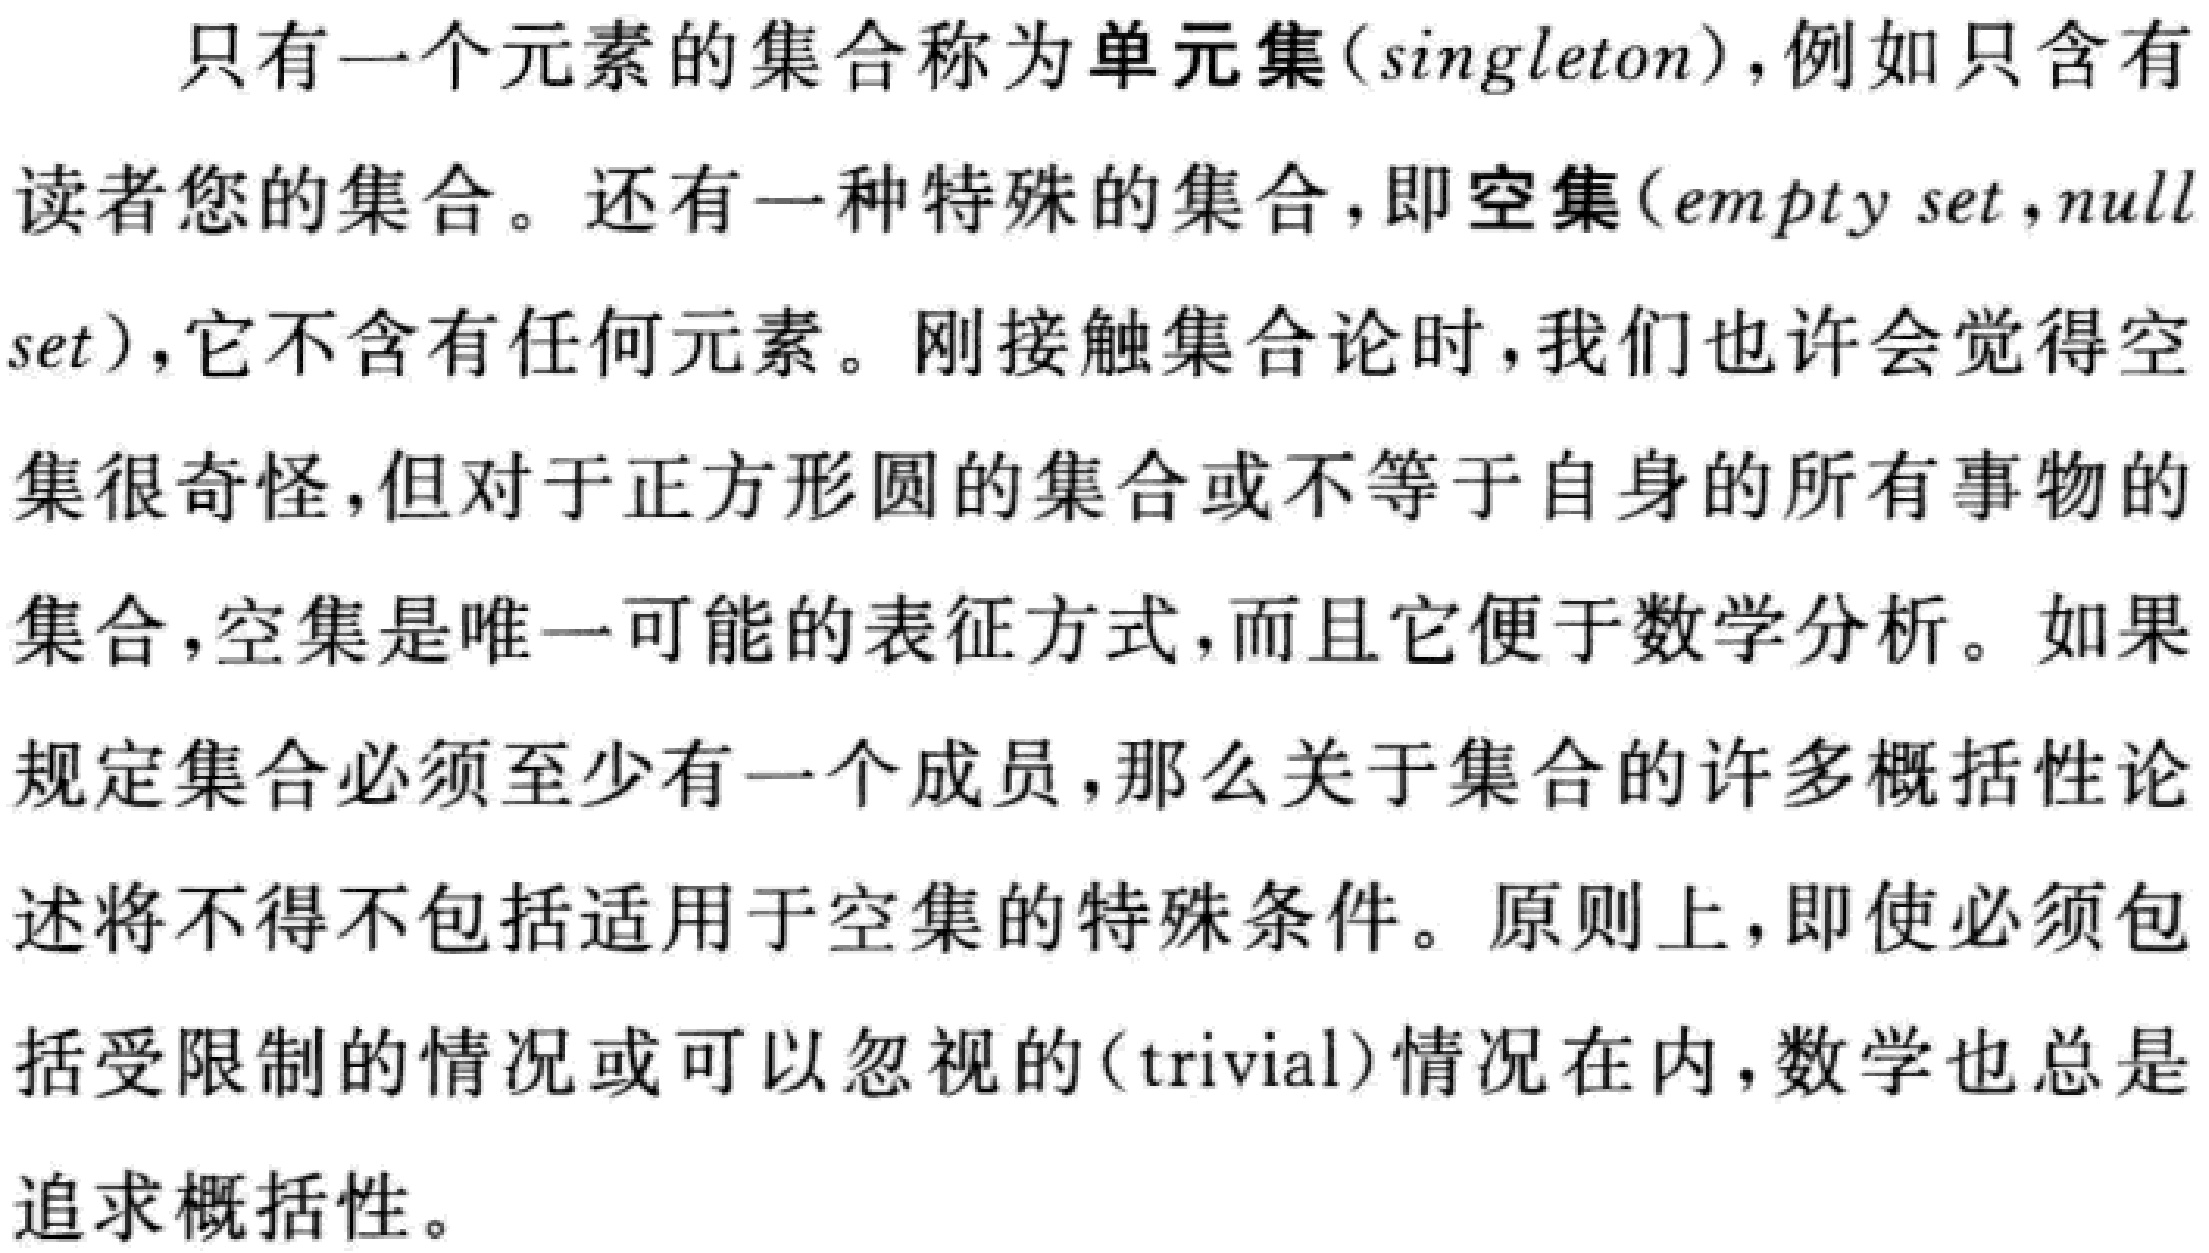
只有一个元素的集合称为单元集(singleton)，例如只含有读者您的集合。还有一种特殊的集合，即空集(empty set，null set)，它不含有任何元素。刚接触集合论时，我们也许会觉得空集很奇怪，但对于正方形圆的集合或不等于自身的所有事物的集合，空集是唯一可能的表征方式，而且它便于数学分析。如果规定集合必须至少有一个成员，那么关于集合的许多概括性论述将不得不包括适用于空集的特殊条件。原则上，即使必须包括受限制的情况或可以忽视的(trivial)情况在内，数学也总是追求概括性。